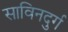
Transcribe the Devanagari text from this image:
साविनदुर्ग